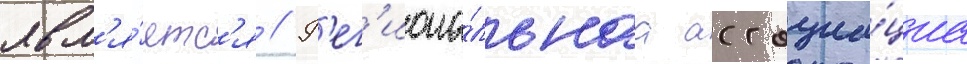
явл'я́етс'я // Р'ег'иона́льнаа ассоциа́циа